Scottish Leaving Certificate Examination, 1957
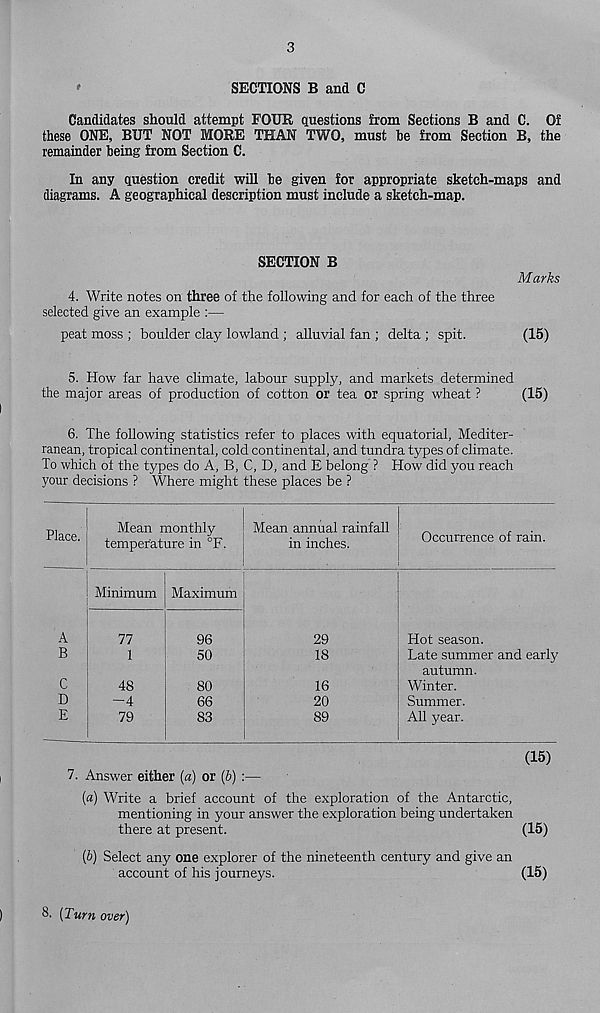
3
'
SECTIONS B and C
Candidates should attempt FOUR questions from Sections B and C. Of
these ONE, BUT NOT MORE THAN TWO, must he from Section B, the
remainder being from Section C.
In any question credit will be given for appropriate sketch-maps and
diagrams. A geographical description must include a sketch-map.
SECTION B
4. Write notes on three of the following and for each of the three
selected give an example :—
peat moss ; boulder clay lowland ; alluvial fan ; delta ; spit.
Marks
(15)
5. How far have climate, labour supply, and markets determined
the major areas of production of cotton or tea or spring wheat ?
(15)
6. The following statistics refer to places with equatorial, Mediter-
ranean, tropical continental, cold continental, and tundra types of climate.
To which of the types do A, B, C, D, and E belong ? How did you reach
your decisions ? Where might these places be ?
Place.
A
B
C
D
E
Mean monthly
temperature in °F.
Mean annual rainfall
in inches.
Minimum
77
1
48
-4
79
Maximum
96
50
80
66
83
29
18
16
20
89
Occurrence of rain.
Hot season.
Late summer and early
autumn.
Winter.
Summer.
All year.
(15)
7. Answer either [a) or {b) :—
[a) Write a brief account of the exploration of the Antarctic,
mentioning in your answer the exploration being undertaken
there at present.
(15)
(6) Select any one explorer of the nineteenth century and give an
account of his journeys.
(15)
8. [Turn over)